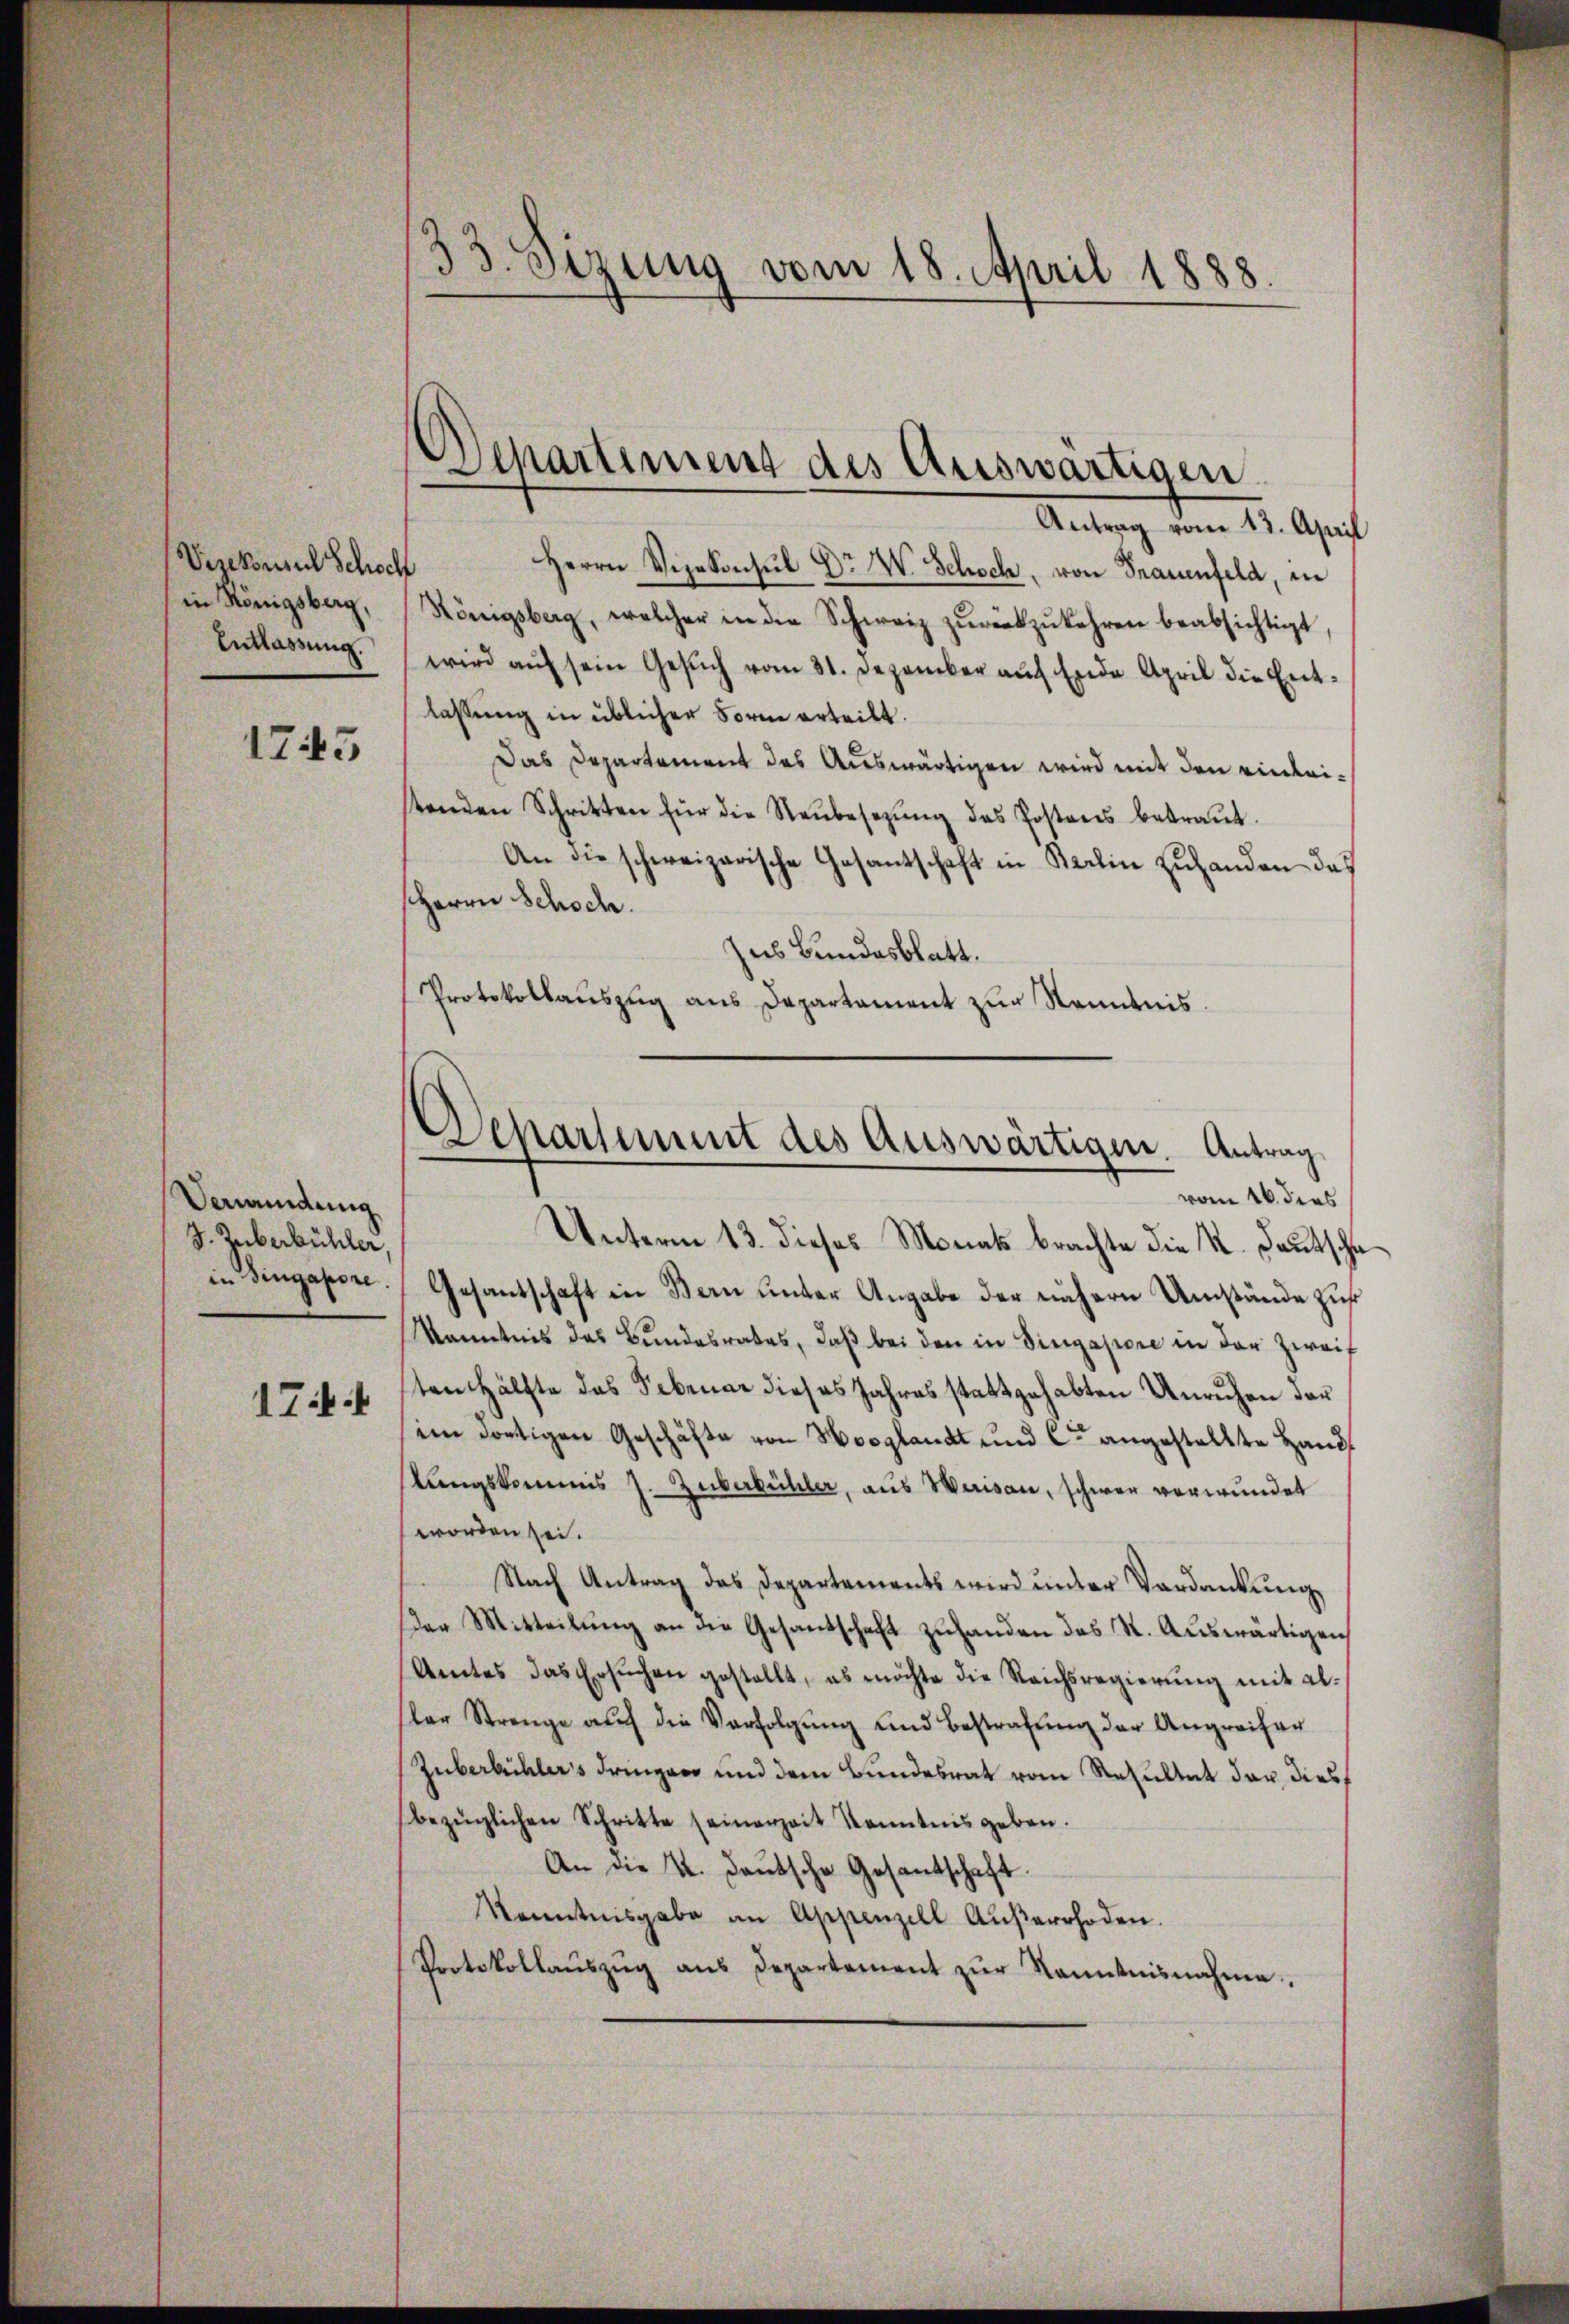
Visekonsul Schock
in Königsberg,
Entlassung.

1745

Verwendung
J. Zuberbühler.
1Tiff

33. Sizung vom 18. April 1888.

Schartiment des Auswärtigen.
Antrag vom 13. April

Herrn Vizekonsul Dr. W. Schoch, von Frauenfeld, in
Königsberg, welcher in die Schweiz zŭrückzŭkehren beabsichtigt,
wird aŭf sein Gesŭch vom 31. Dezember auf Ende April die Entlassung in üblicher Form erteilt.
Das Departement des Auswärtigen wird mit den einleitenden Schritten für die Neŭbesetzŭng des Postens betraŭt.
An die schweizerische Gesantschaft in Berlin zuhanden das
Herrn Schoch.
zues Bundesblatt.
Protokollauszug aus Departament zur Kenntnis.

Deparsammt des Auswärtigen. Antrag
vom 16. dies

Unterm 13. dieses Monats brachte die K. Deutschuin Hingapore. Gesantschaft in Bern unter Angabe der nähern Umstände zur
Kenntnis das Bundesrates, daβ bei den in Singapore in der Zweif
ten Hälfte das Februar dieses Jahres stattgehabten Unruhen der
im dortigen Geschäfte von Hosglandt und Cae angestellte Hand
stungskommis J. Zuberkühler, aus Waisen, schwer verwundet
worden sei.
Nach Antrag des Departements wird unter Verdankung
Der Mitteilŭng an die Gesantschaft zŭhanden das St. Auswärtigen
Amtes das Ersŭchen gestellt, es möchte die Reichsregierŭng mit al-
slar Strenge auch die Verfolgŭng und Bestrafung der Angreifer
Zuberkühlers dringen und dem Bundesrat vom Resultat der dies
bezüglichen Schritte seinerzeit Kenntnis geben.
An die K. Deutsche Gesantschaft.
Kenntnisgabe an Appenzell Aŭβerrhoden.
Protokollaŭszŭg aŭs Departement zŭr Kenntnisnahme.